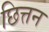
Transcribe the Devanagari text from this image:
छित्तन